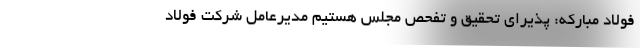
فولاد مبارکه: پذیرای تحقیق و تفحص مجلس هستیم مدیرعامل شرکت فولاد